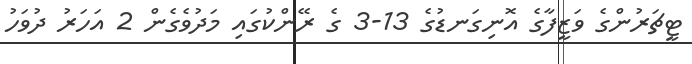
ޓީޗަރުންގެ ވަޒީފާގެ އޮނިގަނޑުގެ 13-3 ގެ ރޭންކުގައި މަދުވެގެން 2 އަހަރު ދުވަހު